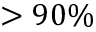
> 9 0 \%